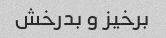
برخیز و بدرخش